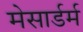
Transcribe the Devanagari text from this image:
मेसार्डर्म